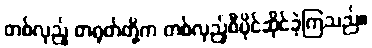
တစ်လှည့် တရုတ်တို့က တစ်လှည့်စီပိုင်ဆိုင်ခဲ့ကြသည်။